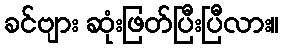
ခင်ဗျား ဆုံးဖြတ်ပြီးပြီလား။